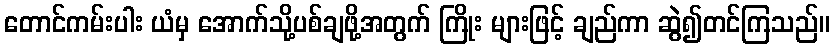
တောင်ကမ်းပါး ယံမှ အောက်သို့ပစ်ချဖို့အတွက် ကြိုး များဖြင့် ချည်ကာ ဆွဲ၍တင်ကြသည်။